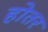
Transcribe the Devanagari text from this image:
होतर